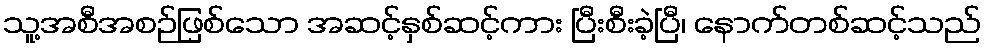
သူ့အစီအစဉ်ဖြစ်သော အဆင့်နှစ်ဆင့်ကား ပြီးစီးခဲ့ပြီ၊ နောက်တစ်ဆင့်သည်